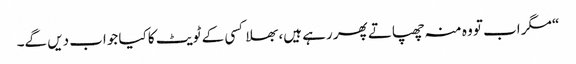
“ مگر اب تو وہ منہ چھپاتے پھر رہے ہیں، بھلا کسی کے ٹویٹ کا کیا جواب دیں گے۔